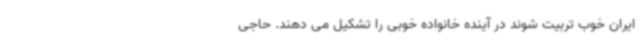
ایران خوب تربیت شوند در آینده خانواده خوبی را تشکیل می دهند. حاجی